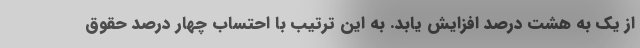
از یک به هشت درصد افزایش یابد. به این ترتیب با احتساب چهار درصد حقوق